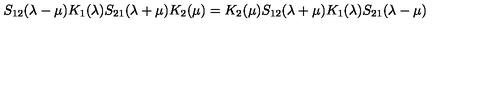
S _ { 1 2 } ( \lambda - \mu ) K _ { 1 } ( \lambda ) S _ { 2 1 } ( \lambda + \mu ) K _ { 2 } ( \mu ) = K _ { 2 } ( \mu ) S _ { 1 2 } ( \lambda + \mu ) K _ { 1 } ( \lambda ) S _ { 2 1 } ( \lambda - \mu )